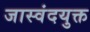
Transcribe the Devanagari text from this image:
जास्वंदयुक्त